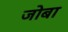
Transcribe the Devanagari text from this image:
जोबा